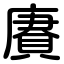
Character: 賡